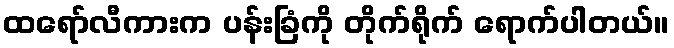
ထရော်လီကားက ပန်းခြံကို တိုက်ရိုက် ရောက်ပါတယ်။